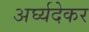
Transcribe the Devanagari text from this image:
अर्घ्यदेकर